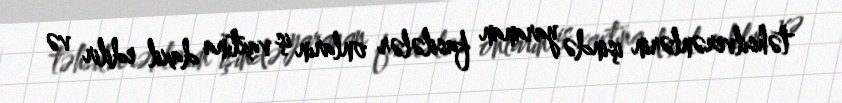
təhsilverənlərin işində yaranan fasilələr onların iş vaxtına daxil edilir və